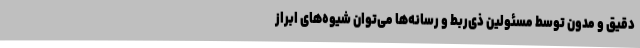
دقیق و مدون توسط مسئولین ذی‌ربط و رسانه‌ها می‌توان شیوه‌های ابراز